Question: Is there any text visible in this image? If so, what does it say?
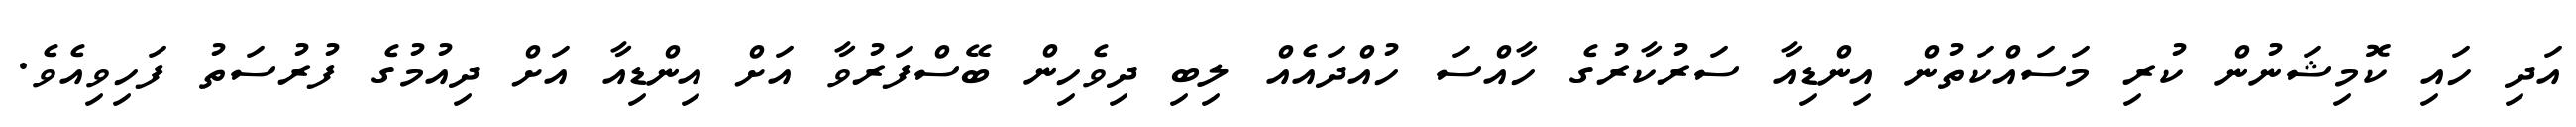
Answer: އަދި ހައި ކޮމިޝަނުން ކުރި މަސައްކަތުން އިންޑިއާ ސަރުކާރުގެ ހާއްސަ ހުއްދައެއް ލިބި ދިވެހިން ބޭސްފަރުވާ އަށް އިންޑިއާ އަށް ދިއުމުގެ ފުރުސަތު ފަހިވިއެވެ.